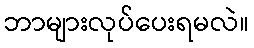
ဘာများလုပ်ပေးရမလဲ။